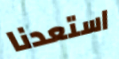
استعدنا